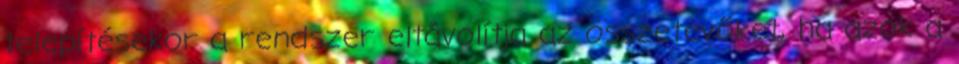
telepítésekor a rendszer eltávolítja az összetevőket, ha azok a